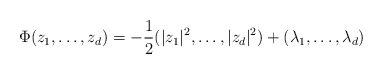
\begin{align*} \Phi(z_1,\ldots, z_d) = -\frac{1}{2}(|z_1|^2,\ldots,|z_d|^2)+(\lambda_1,\ldots,\lambda_d) \end{align*}